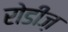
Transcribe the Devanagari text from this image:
रोडीज़